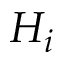
H _ { i }